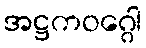
အဋ္ဌကဝဂ္ဂေါ